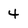
Character: 4